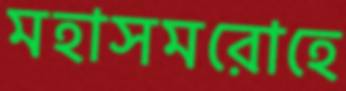
মহাসমরোহে